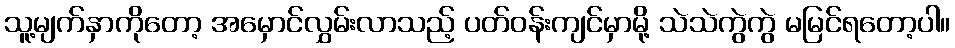
သူ့မျက်နှာကိုတော့ အမှောင်လွှမ်းလာသည့် ပတ်ဝန်းကျင်မှာမို့ သဲသဲကွဲကွဲ မမြင်ရတော့ပါ။